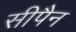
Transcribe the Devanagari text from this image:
सीपैन